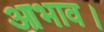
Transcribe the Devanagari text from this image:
आभाव।